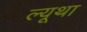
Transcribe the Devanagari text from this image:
ल्यूथा